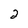
Character: 2